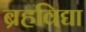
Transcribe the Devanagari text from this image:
ब्रहविद्या